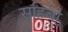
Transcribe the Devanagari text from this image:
सहिबो